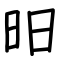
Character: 昍